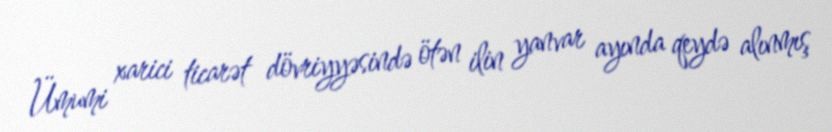
Ümumi xarici ticarət dövriyyəsində ötən ilin yanvar ayında qeydə alınmış